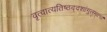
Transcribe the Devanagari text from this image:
वृत्वात्यतिष्ठद्दशांगुलम्॥१॥